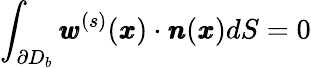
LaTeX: \int_{\partial D_{b}}{\pmb w}^{(s)}({\pmb x})\cdot{\pmb n}({\pmb x})dS=0